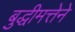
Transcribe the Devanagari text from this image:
बुद्धीमत्तेने